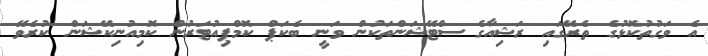
އެ ވަގުތުކޮޅުގެ ތެރޭގައި ރަޝިއާގެ ސްޓޭޝަންތަކުން ވަނީ ބެކަޕް ކޮމްޕިއުޓަރުން ކޮމިއުނިކޭޝަން ކުރެވޭ